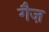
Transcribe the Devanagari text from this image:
गैज़